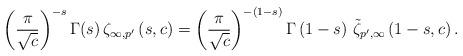
LaTeX: \begin{align*}\left(\frac{\pi}{\sqrt{c}}\right)^{-s}\Gamma(s)\,\zeta_{\infty,p^{\prime}}\left(s,c\right)=\left(\frac{\pi}{\sqrt{c}}\right)^{-(1-s)}\Gamma\left(1-s\right)\,\tilde{\zeta}_{p^{\prime},\infty}\left(1-s,c\right).\end{align*}